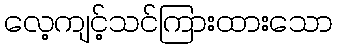
လေ့ကျင့်သင်ကြားထားသော